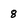
Character: 8